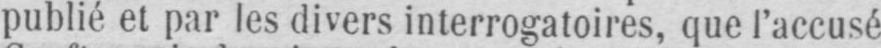
publié et par les divers interrogatoires, que l’accusé